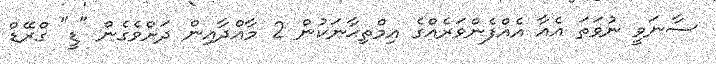
ސާނަވީ ނުވަތަ އެއާ އެއްފެންވަރެއްގެ އިމްތިޙާނަކުން 2 މާއްދާއިން ދަށްވެގެން "ޑީ" ގްރޭޑް